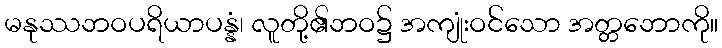
မနုဿဘဝပရိယာပန္နံ၊ လူတို့၏ဘဝ၌ အကျုံးဝင်သော အတ္တဘောကို။